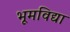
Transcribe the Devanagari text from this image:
भूमविद्या